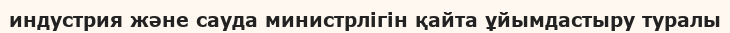
индустрия және сауда министрлігін қайта ұйымдастыру туралы